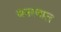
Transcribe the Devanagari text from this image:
बनरवाल